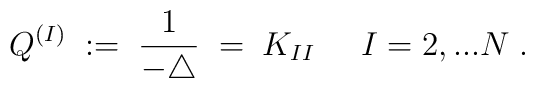
Q^{(I)} \; := \; \frac{1}{-\triangle} \; = \; K_{I I} \; \;\; \;  \; I = 2, ...N \; .